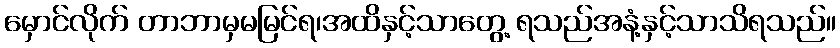
မှောင်လိုက် တာဘာမှမမြင်ရ၊အထိနှင့်သာတွေ့ ရသည်အနံ့နှင့်သာသိရသည်။